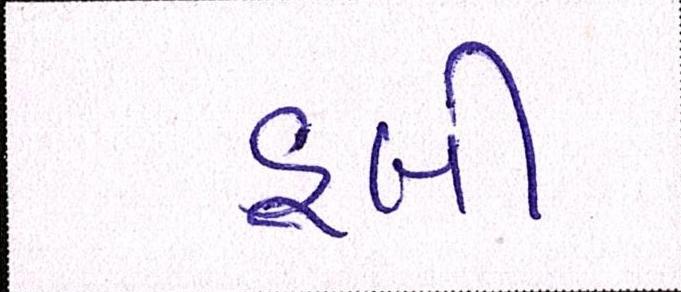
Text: ડૂબી